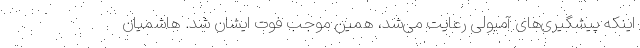
اینکه پیشگیری‌های آمبولی رعایت می‌شد، همین موجب فوت ایشان شد. هاشمیان